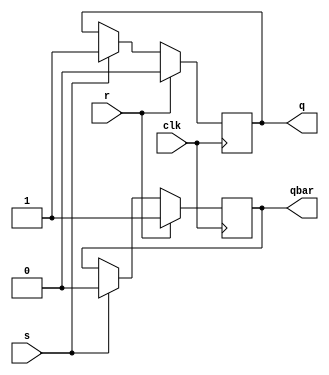
module sr_flipflop (
    input wire clk,
    input wire s,
    input wire r,
    output reg q,
    output reg qbar
);

reg master_latch;
reg slave_latch;

always @ (posedge clk) begin
    master_latch <= s;
    slave_latch <= master_latch;
    if(r) begin
        q <= 0;
        qbar <= 1;
    end else if(s) begin
        q <= 1;
        qbar <= 0;
    end
end

endmodule